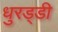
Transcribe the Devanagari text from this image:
धुरड्डी